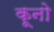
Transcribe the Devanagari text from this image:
कूनो